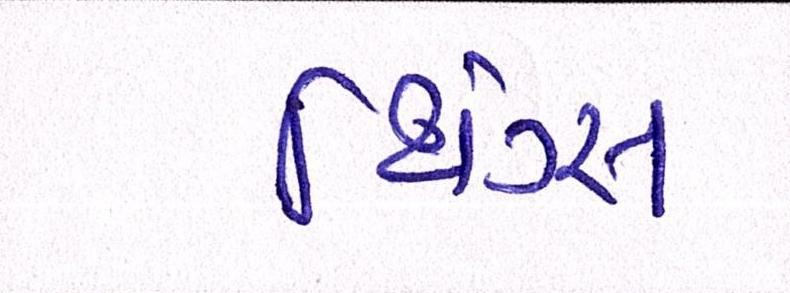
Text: થિંગ્સ